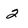
Character: 2